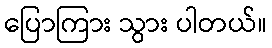
ပြောကြား သွား ပါတယ်။